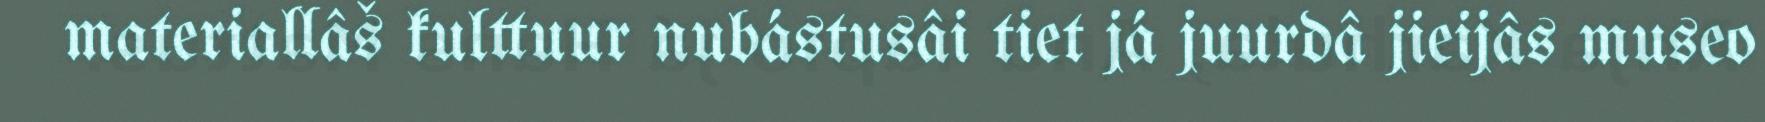
materiallâš kulttuur nubástusâi tiet já juurdâ jieijâs museo